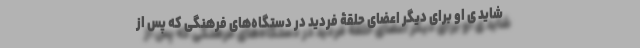
شاید ی او برای دیگر اعضای حلقۀ فردید در دستگاه‌های فرهنگی که پس از